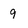
Character: 9